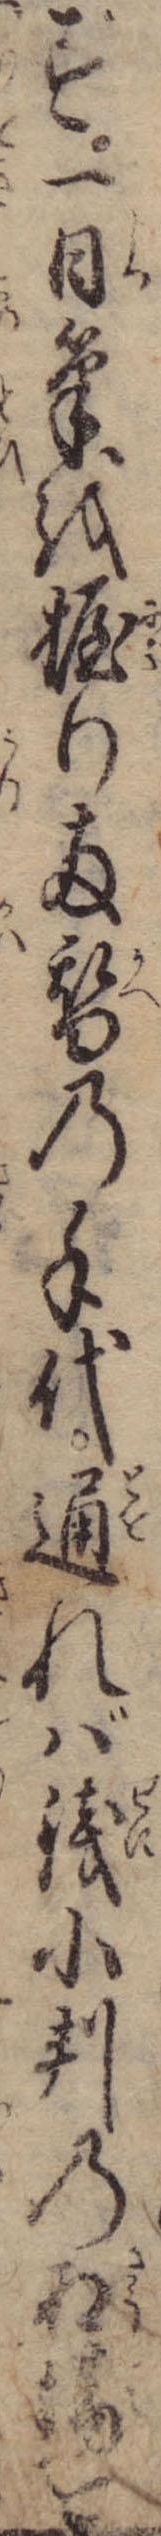
ず一日筆を握り両替の手代通れば銭小判の相場を